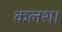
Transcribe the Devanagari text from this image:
कलश।